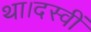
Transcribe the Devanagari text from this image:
था।दस्वीं